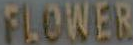
FLOWER